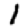
Digit: 1